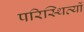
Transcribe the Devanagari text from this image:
परिस्थित्यों